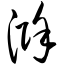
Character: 滁